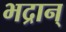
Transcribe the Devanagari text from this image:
भद्रान्